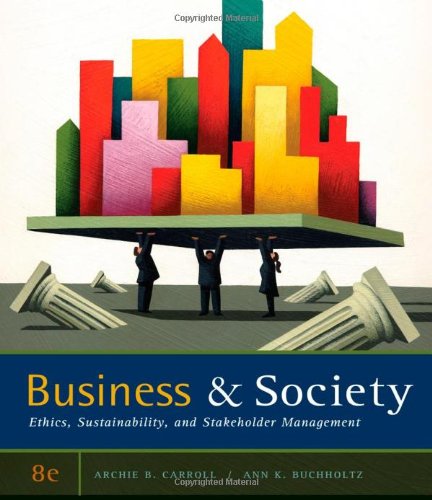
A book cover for Business and Society: Ethics, Sustainability, and Stakeholder Management; Archie B. Carroll; Business & Money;